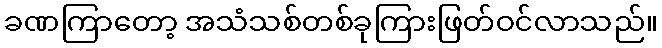
ခဏကြာတော့ အသံသစ်တစ်ခုကြားဖြတ်ဝင်လာသည်။